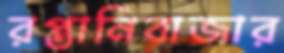
রপ্তানিবাজার